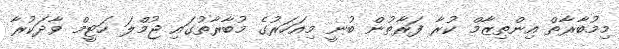
މިމުބާރާތް އިންތިޒާމް ކުރާ ފަރާތުން ބުނީ މިއަހަރުގެ މުބާރާތުގައި ޖުމްލަ ހަޓީމް ވާދަކުރާ